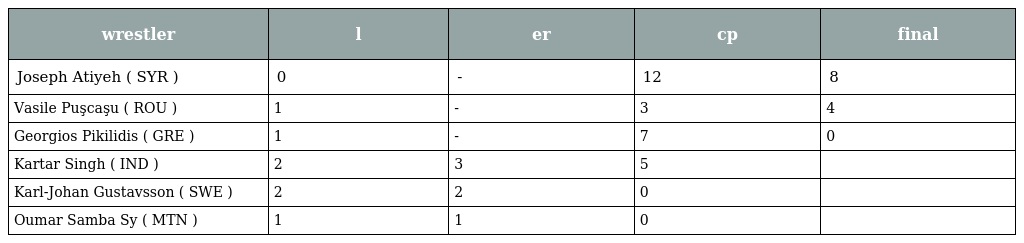
| wrestler | l | er | cp | final |
 | --- | --- | --- | --- | --- |
 | Joseph Atiyeh ( SYR ) | 0 | - | 12 | 8 |
 | Vasile Puşcaşu ( ROU ) | 1 | - | 3 | 4 |
 | Georgios Pikilidis ( GRE ) | 1 | - | 7 | 0 |
 | Kartar Singh ( IND ) | 2 | 3 | 5 |  |
 | Karl-Johan Gustavsson ( SWE ) | 2 | 2 | 0 |  |
 | Oumar Samba Sy ( MTN ) | 1 | 1 | 0 |  |